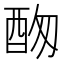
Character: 𨠞